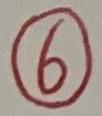
\textcircled{6}